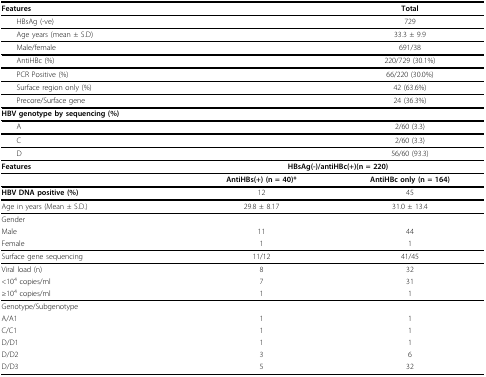
<table><thead><tr><td><b>Features</b></td><td></td><td><b>Total</b></td></tr></thead><tbody><tr><td> HBsAg (-ve)</td><td></td><td>729</td></tr><tr><td> Age years (mean ± S.D)</td><td></td><td>33.3 ± 9.9</td></tr><tr><td> Male/female</td><td></td><td>691/38</td></tr><tr><td> AntiHBc (%)</td><td></td><td>220/729 (30.1%)</td></tr><tr><td> PCR Positive (%)</td><td></td><td>66/220 (30.0%)</td></tr><tr><td> Surface region only (%)</td><td></td><td>42 (63.6%)</td></tr><tr><td> Precore/Surface gene</td><td></td><td>24 (36.3%)</td></tr><tr><td><b>HBV genotype by sequencing (%)</b></td><td></td><td></td></tr><tr><td> A</td><td></td><td>2/60 (3.3)</td></tr><tr><td> C</td><td></td><td>2/60 (3.3)</td></tr><tr><td> D</td><td></td><td>56/60 (93.3)</td></tr><tr><td><b>Features</b></td><td colspan="2"><b>HBsAg(-)/antiHBc(+)(n = 220)</b></td></tr><tr><td></td><td><b>AntiHBs(+) (n = 40)*</b></td><td><b>AntiHBc only (n = 164)</b></td></tr><tr><td><b>HBV DNA positive (%)</b></td><td>12</td><td>45</td></tr><tr><td>Age in years (Mean ± S.D.)</td><td>29.8 ± 8.17</td><td>31.0 ± 13.4</td></tr><tr><td>Gender</td><td></td><td></td></tr><tr><td>Male</td><td>11</td><td>44</td></tr><tr><td>Female</td><td>1</td><td>1</td></tr><tr><td>Surface gene sequencing</td><td>11/12</td><td>41/45</td></tr><tr><td>Viral load (n)</td><td>8</td><td>32</td></tr><tr><td>&lt;10<sup>4 </sup>copies/ml</td><td>7</td><td>31</td></tr><tr><td>≥10<sup>4 </sup>copies/ml</td><td>1</td><td>1</td></tr><tr><td>Genotype/Subgenotype</td><td></td><td></td></tr><tr><td>A/A1</td><td>1</td><td>1</td></tr><tr><td>C/C1</td><td>1</td><td>1</td></tr><tr><td>D/D1</td><td>1</td><td>1</td></tr><tr><td>D/D2</td><td>3</td><td>6</td></tr><tr><td>D/D3</td><td>5</td><td>32</td></tr></tbody></table>